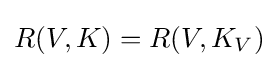
R(V,K)=R(V,K_{V})